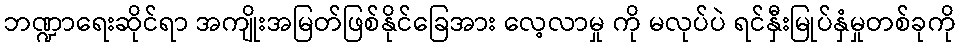
ဘဏ္ဍာရေးဆိုင်ရာ အကျိုးအမြတ်ဖြစ်နိုင်ခြေအား လေ့လာမှု ကို မလုပ်ပဲ ရင်နှီးမြုပ်နှံမှုတစ်ခုကို